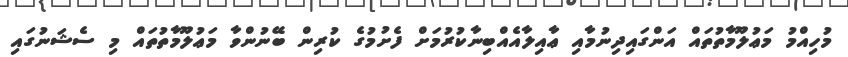
މުހިއްމު މަޢުލޫމާތުތައް އަންގައިދިނުމާއި ޢާއިލާއެއްބިނާކުރުމަށް ފެށުމުގެ ކުރިން ބޭނުންވާ މަޢުލޫމާތުތައް މި ސެޝަނުގައި